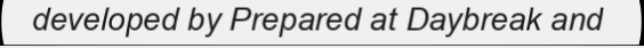
developed by Prepared at Daybreak and